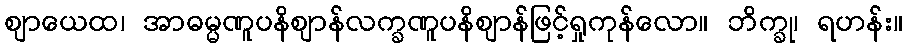
ဈာယေထ၊ အာဓမ္မဏူပနိဈာန်လက္ခဏူပနိဈာန်ဖြင့်ရှုကုန်လော။ ဘိက္ခု၊ ရဟန်း။